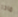
ماذا